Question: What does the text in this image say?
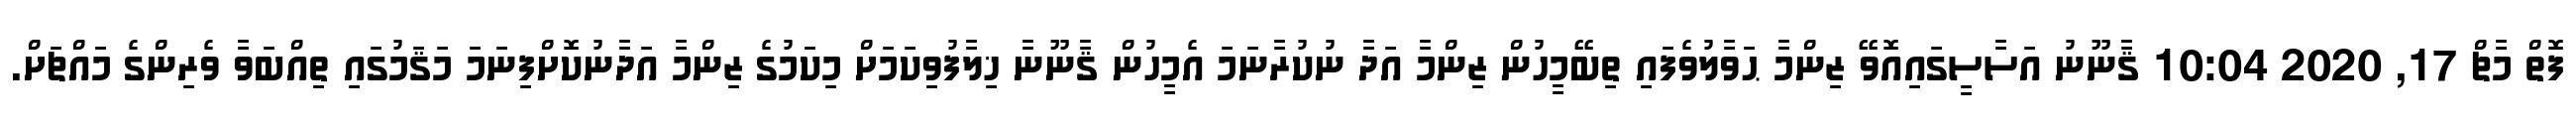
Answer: ފޮތް މާޗް 17, 2020 10:04 ޤާނޫނު އަސާސީގައިއޮވޭ ޒިންމާ ޙަވާލުވެފައި ތިބޭމީހުން ޒިންމާ އަދާ ނުކުރާނަމަ އެމީހުން ޤާނޫނާ ޚިލާފުވިކަމަށް މިކަމުގެ ޒިންމާ އަދާނުކޮށްފިނަމަ މަޤަމުގައި ތިއްބަވާ ވެރިންގެ މައްޗަށް.